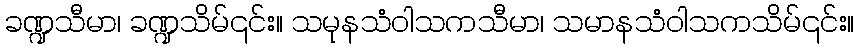
ခဏ္ဍသီမာ၊ ခဏ္ဍသိမ်၎င်း။ သမုနသံဝါသကသီမာ၊ သမာနသံဝါသကသိမ်၎င်း။